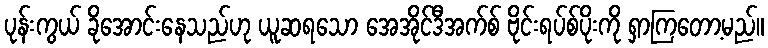
ပုန်းကွယ် ခိုအောင်းနေသည်ဟု ယူဆရသော အေအိုင်ဒီအက်စ် ဗိုင်းရပ်စ်ပိုးကို ရှာကြတော့မည်။